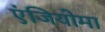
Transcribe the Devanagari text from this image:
एंजियोमा